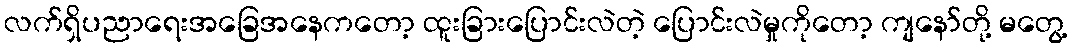
လက်ရှိပညာရေးအခြေအနေကတော့ ထူးခြားပြောင်းလဲတဲ့ ပြောင်းလဲမှုကိုတော့ ကျနော်တို့ မတွေ့